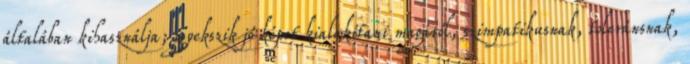
általában kihasználja; igyekszik jó képet kialakítani magáról, szimpatikusnak, toleránsnak,